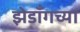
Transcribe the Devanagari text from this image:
झेडॉँगच्या